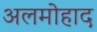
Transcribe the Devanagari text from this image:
अलमोहाद